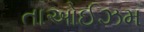
તાઓઈઝમ